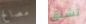
مصالح تشنق